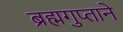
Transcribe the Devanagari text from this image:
ब्रह्मगुप्ताने